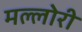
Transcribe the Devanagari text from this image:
मल्लोरी